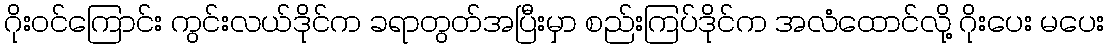
ဂိုးဝင်ကြောင်း ကွင်းလယ်ဒိုင်က ခရာတွတ်အပြီးမှာ စည်းကြပ်ဒိုင်က အလံထောင်လို့ ဂိုးပေး မပေး